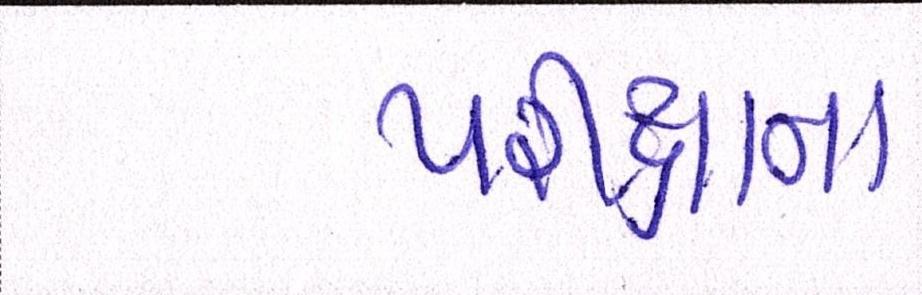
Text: પરીક્ષાના